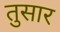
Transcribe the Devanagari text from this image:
तुसार